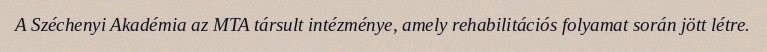
A Széchenyi Akadémia az MTA társult intézménye, amely rehabilitációs folyamat során jött létre.